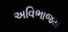
અવિભાજય